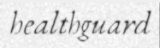
healthguard